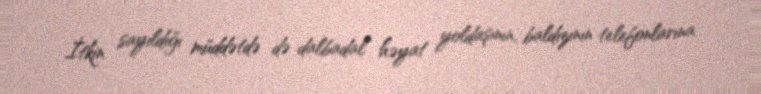
İtkin sayıldığı müddətdə də dalbadal həyat yoldaşının, baldızının telefonlarına